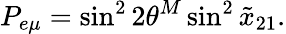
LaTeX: P_{e\mu}=\sin^{2}2\theta^{M}\sin^{2}\tilde{x}_{21}.